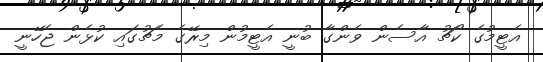
އެޓީމުގެ ކޯޗު އާސެން ވެންގާ ބުނީ އެޓީމުން މިރޭގެ މެޗުގައި ކުޅެން ޖެހޭނީ